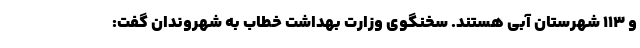
و ۱۱۳ شهرستان آبی هستند. سخنگوی وزارت بهداشت خطاب به شهروندان گفت: